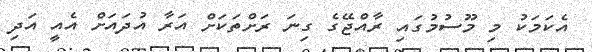
އެކަމަކު މި މޫސުމުގައި ރާއްޖޭގެ ގިނަ ރަށްތަކަށް އަރާ އުދައަށް އެއީ އަދި